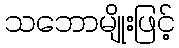
သဘောမျိုးဖြင့်